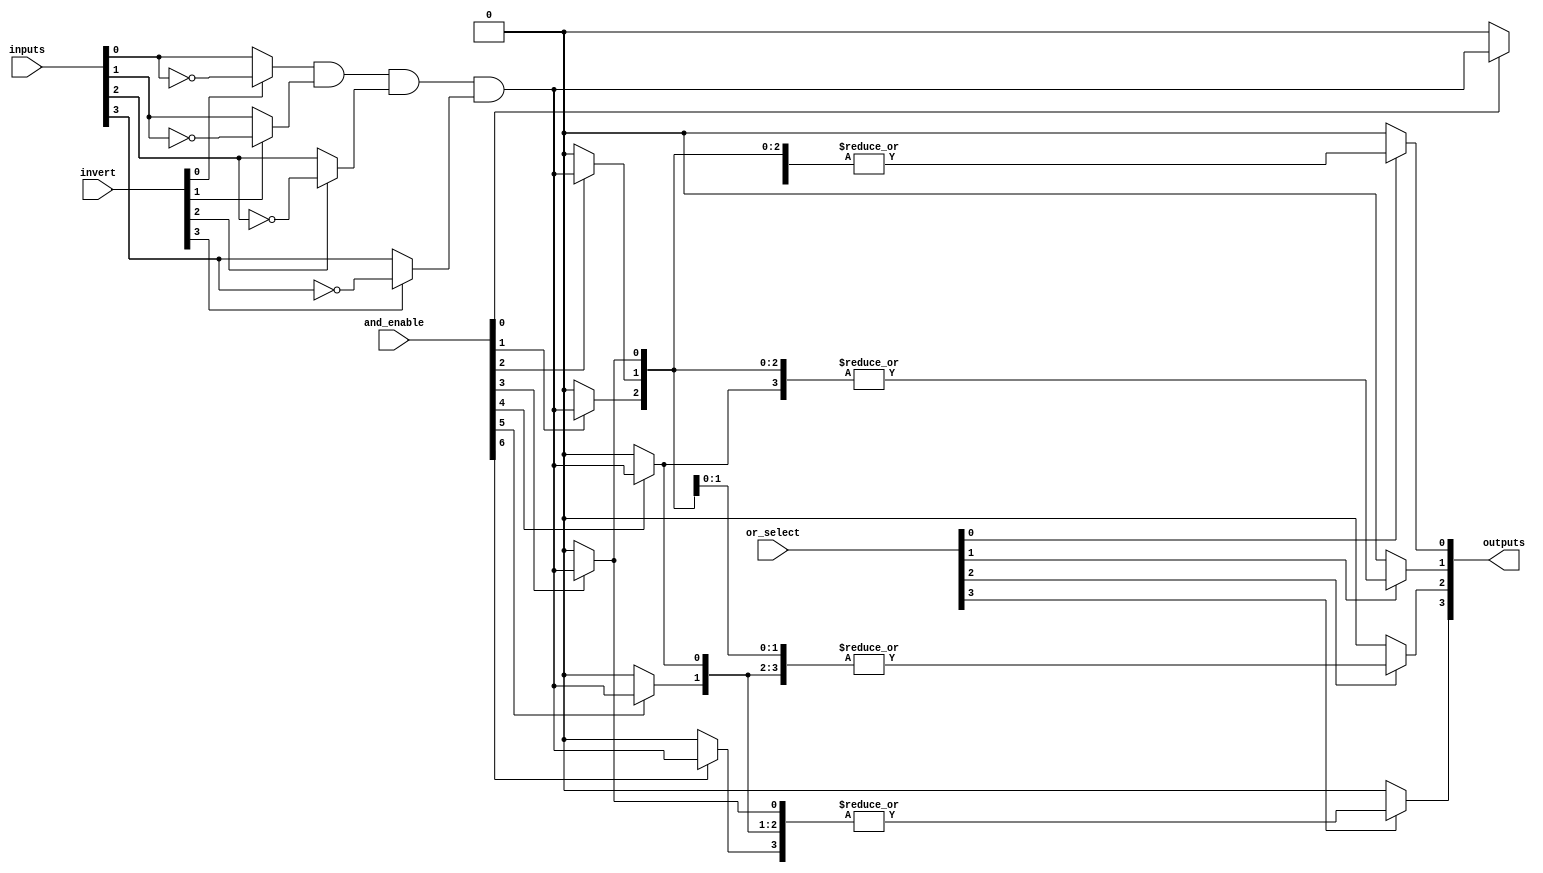
module GPAL #(
    parameter NUM_INPUTS = 4,      // Number of inputs
    parameter NUM_AND_GATES = 8,    // Number of AND gates
    parameter NUM_OR_GATES = 4       // Number of OR gates
)(
    input wire [NUM_INPUTS-1:0] inputs, // Input signals
    input wire [NUM_INPUTS-1:0] invert, // Inversion control for inputs
    input wire [NUM_AND_GATES-1:0] and_enable, // Enable signals for AND gates
    input wire [NUM_AND_GATES-1:0] or_select, // Select signals for OR gates
    output wire [NUM_OR_GATES-1:0] outputs // Output signals
);

    // Internal signals
    wire [NUM_AND_GATES-1:0] and_outputs; // Outputs from AND gates
    wire [NUM_OR_GATES-1:0] or_inputs[NUM_AND_GATES-1:0]; // Inputs to OR gates

    // Input stage: Invert inputs based on control signals
    wire [NUM_INPUTS-1:0] processed_inputs;
    genvar i;
    generate
        for (i = 0; i < NUM_INPUTS; i = i + 1) begin : input_stage
            assign processed_inputs[i] = invert[i] ? ~inputs[i] : inputs[i];
        end
    endgenerate

    // AND Plane: Generate product terms
    generate
        for (i = 0; i < NUM_AND_GATES; i = i + 1) begin : and_plane
            assign and_outputs[i] = and_enable[i] ? 
                (processed_inputs[0] & processed_inputs[1] & processed_inputs[2] & processed_inputs[3]) : 1'b0; // Example logic
        end
    endgenerate

    // OR Plane: Combine product terms
    generate
        for (i = 0; i < NUM_OR_GATES; i = i + 1) begin : or_plane
            assign or_inputs[i] = {and_outputs[i], and_outputs[i+1], and_outputs[i+2], and_outputs[i+3]}; // Example connections
            assign outputs[i] = or_select[i] ? |or_inputs[i] : 1'b0; // OR operation
        end
    endgenerate

endmodule